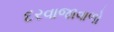
દરવાજાવાળો